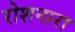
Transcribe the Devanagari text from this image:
रोशनारा